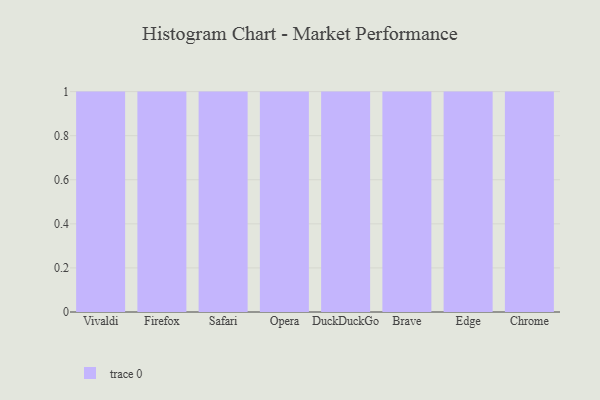
{"axis": {"x": "Browser", "y": "Temperature (°C)"}, "legend": [""], "data": [{"x": "Vivaldi", "y": 86, "type": ""}, {"x": "Firefox", "y": 77, "type": ""}, {"x": "Safari", "y": 22, "type": ""}, {"x": "Opera", "y": 72, "type": ""}, {"x": "DuckDuckGo", "y": 41, "type": ""}, {"x": "Brave", "y": 80, "type": ""}, {"x": "Edge", "y": 51, "type": ""}, {"x": "Chrome", "y": 40, "type": ""}]}